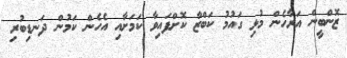
ޒޮންބީން އަރާހެން މުޅި ގައުމު ކަބްޒާ ކޮށްފައިވާ ކަމަށާއި އެހެން ކަމުން ދަނޑިބުރި